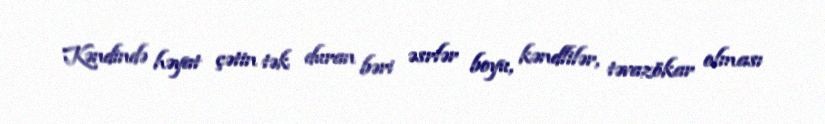
Kəndində həyat çətin tək duran bəri əsrlər boyu, kəndlilər, təvazökar olması